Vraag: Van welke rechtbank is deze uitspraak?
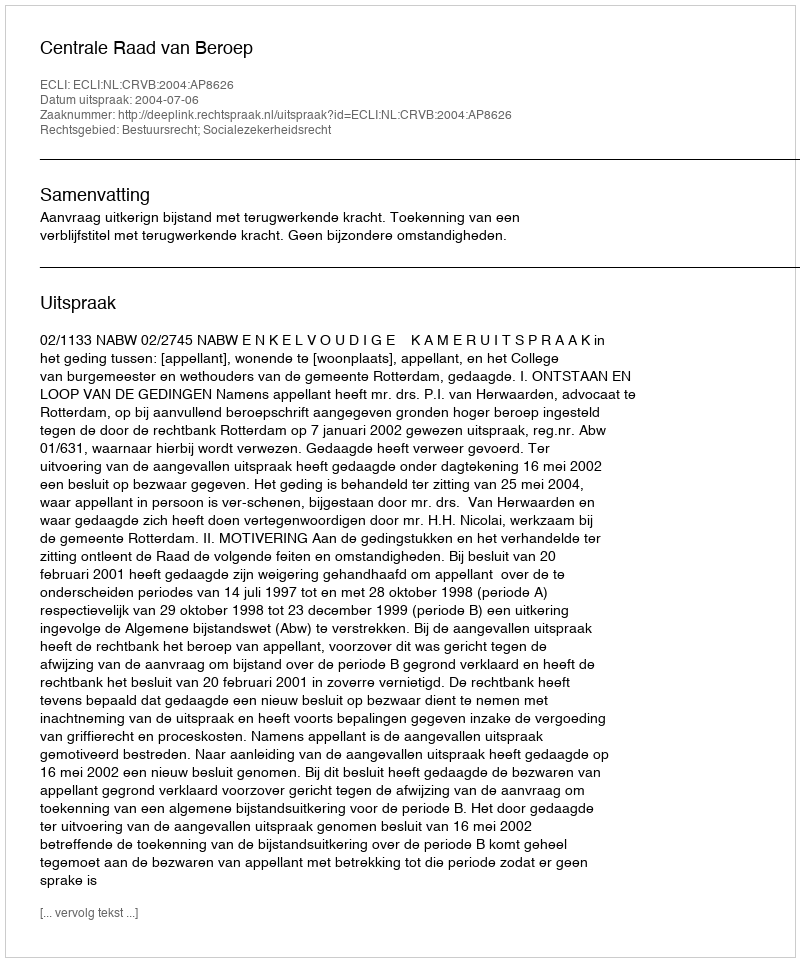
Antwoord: Centrale Raad van Beroep